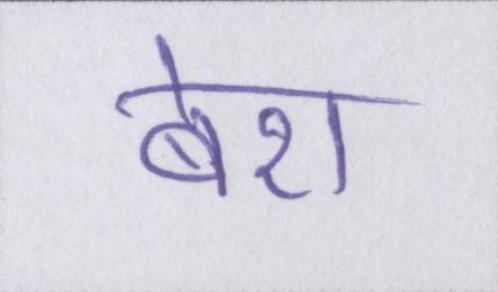
बेरा